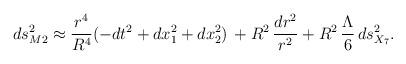
LaTeX: \begin{align*}ds^2_{M2} \approx {r^{4}\over R^4}(-dt^2 + dx_1^2 +dx_2^2) \, + R^2 \, \frac{dr^2}{r^2} + R^2 \, \frac{\Lambda}{6} \, ds_{X_7}^2.\end{align*}